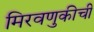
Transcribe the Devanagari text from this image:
मिरवणुकीची